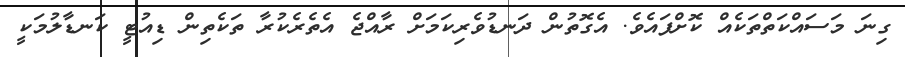
ގިނަ މަސައްކަތްތަކެއް ކޮށްފައެވެ. އެގޮތުން ދަނޑުވެރިކަމަށް ރާއްޖެ އެތެރެކުރާ ތަކެތިން ޑިއުޓީ ކަނޑާލުމަކީ